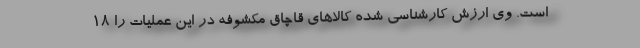
است. وی ارزش کارشناسی شده کالاهای قاچاق مکشوفه در این عملیات را ۱۸